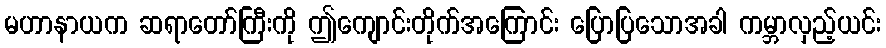
မဟာနာယက ဆရာတော်ကြီးကို ဤကျောင်းတိုက်အကြောင်း ပြောပြသောအခါ ကမ္ဘာလှည့်ယင်း